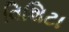
વિશિટા